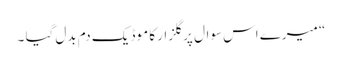
“ میرے اس سوال پر گلزار کا موڈ یک دم بدل گیا ۔